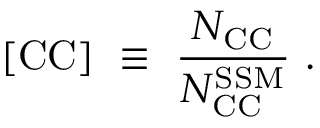
\mathrm { [ C C ] } ~ \equiv ~ \frac { N _ { \mathrm { C C } } } { N _ { \mathrm { C C } } ^ { \mathrm { S S M } } } ~ .